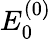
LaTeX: E_{0}^{(0)}